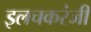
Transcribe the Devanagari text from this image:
इलचकरंजी